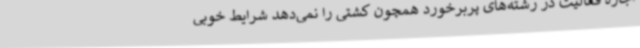
اجازه فعالیت در رشته‌های پربرخورد همچون کشتی را نمی‌دهد شرایط خوبی